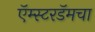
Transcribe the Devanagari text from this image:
ऍम्स्टरडॅमचा